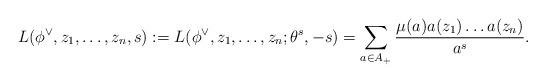
LaTeX: \begin{align*}L(\phi^{\vee},z_1,\dots,z_n,s):=L(\phi^{\vee},z_1,\dots,z_n;\theta^{s},-s)=\sum\limits_{a \in A_{+}}\frac{\mu(a)a(z_1)\dots a(z_n)}{a^s}.\end{align*}